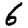
Digit: 6